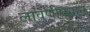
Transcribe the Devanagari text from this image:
लावणीप्रधान